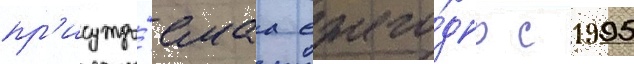
пр'исужда́емаа ежего́дно с 1995